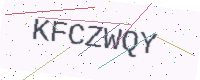
Text: KFCZWQY